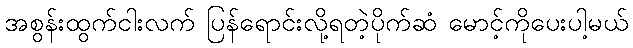
အစွန်းထွက်ငါးလက် ပြန်ရောင်းလို့ရတဲ့ပိုက်ဆံ မောင့်ကိုပေးပါ့မယ်